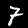
Digit: 7